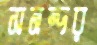
সমন্দর